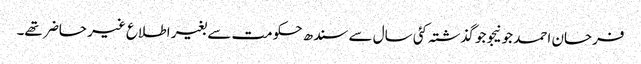
فرحان احمد جونیجو جو گذشتہ کئی سال سے سندھ حکومت سے بغیر اطلاع غیر حاضر تھے۔